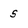
Character: S